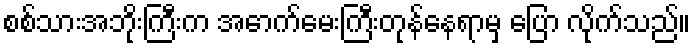
စစ်သားအဘိုးကြီးက အောက်မေးကြီးတုန်နေရာမှ ပြော လိုက်သည်။